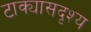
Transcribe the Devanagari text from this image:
टाक्यासदृश्य